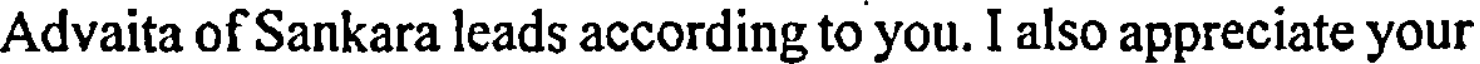
Advaita of Sankara leads according to you. I also appreciate your